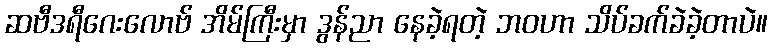
ဆဗီဒရီဂေးလောဗ် အိမ်ကြီးမှာ ဒွန်ညာ နေခဲ့ရတဲ့ ဘဝဟာ သိပ်ခက်ခဲခဲ့တာပဲ။